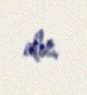
alır.